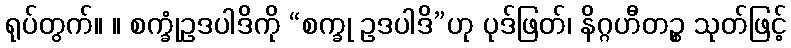
ရုပ်တွက်။ ။ စက္ခုံဥဒပါဒိကို “စက္ခု ဥဒပါဒိ”ဟု ပုဒ်ဖြတ်၊ နိဂ္ဂဟီတဉ္စ သုတ်ဖြင့်